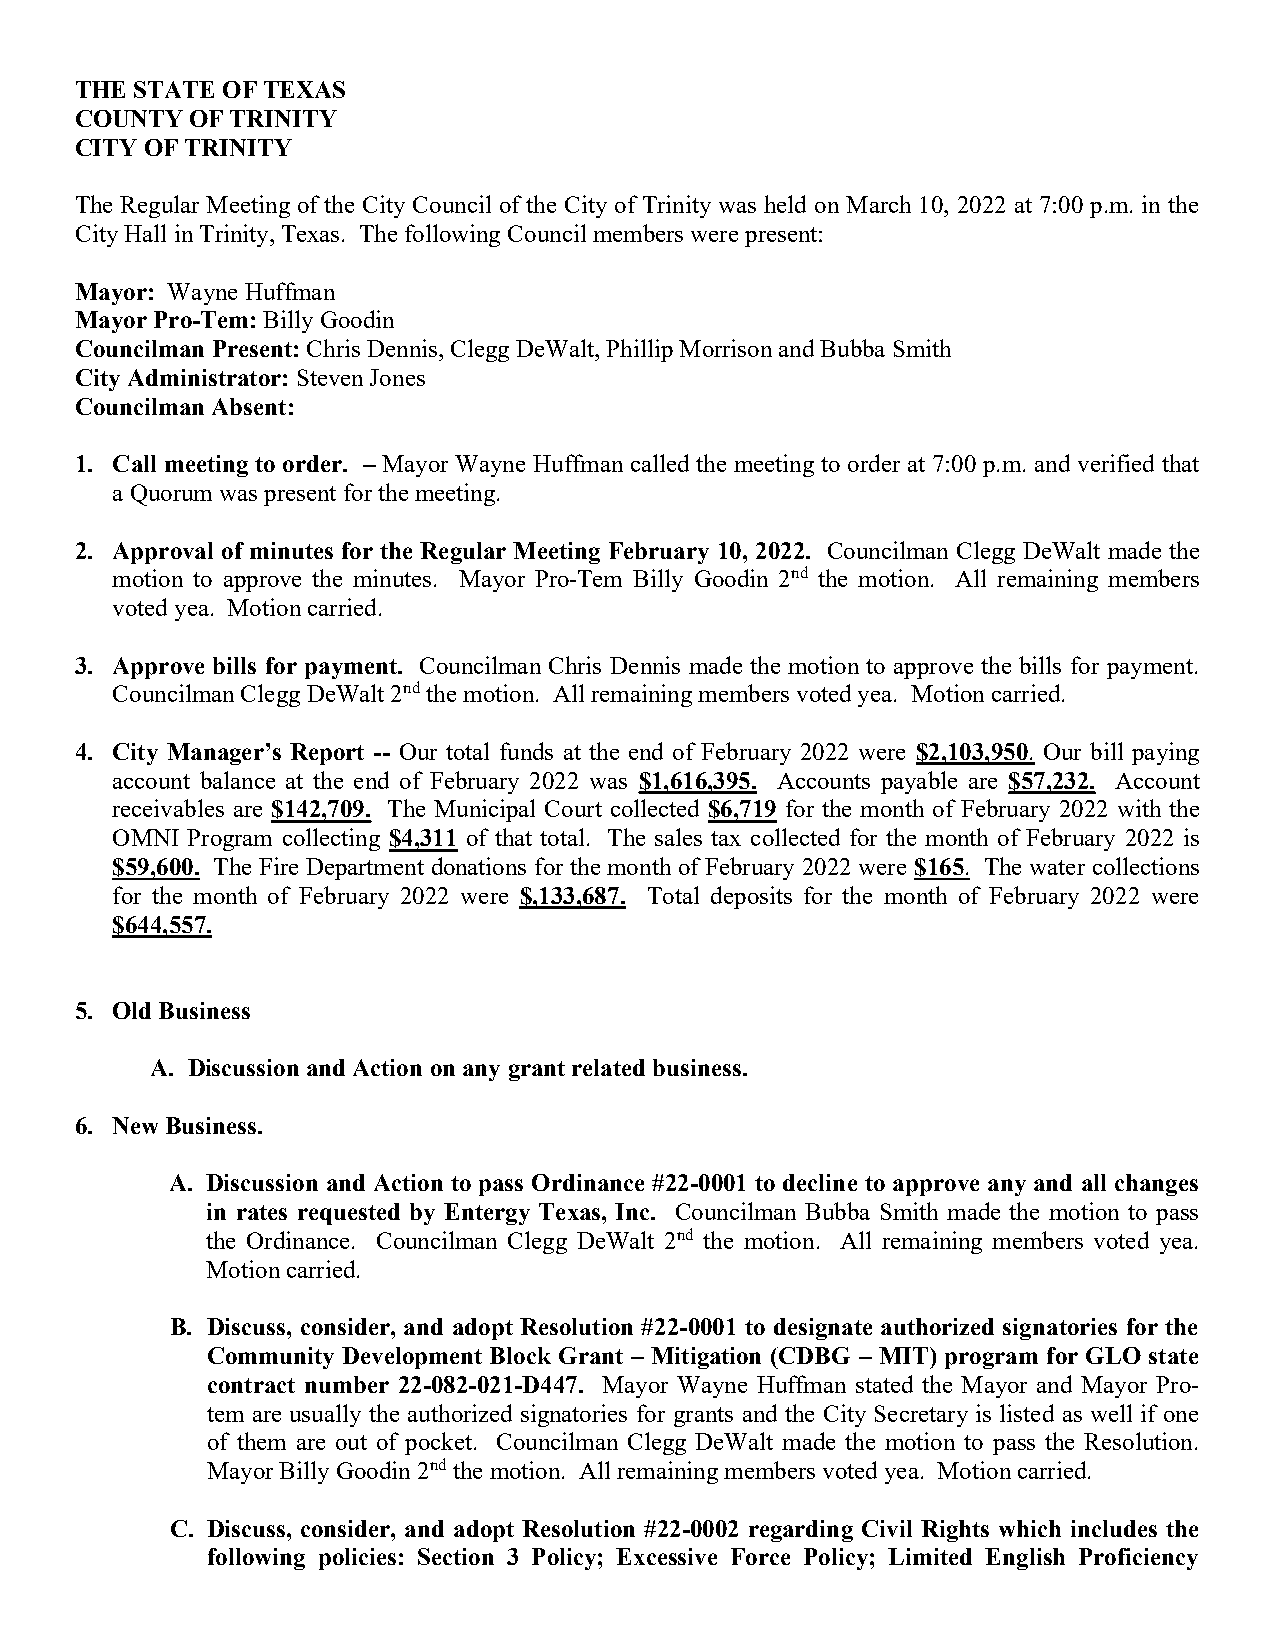
THE STATE OF TEXAS
 COUNTY  OF TRINITY
 CITY OF TRINITY
 The Regular Meeting of the City Council of the City of Trinity was held on March 10, 2022 at 7:00 p.m. in the
 City Hall in Trinity, Texas. The following Council members were present:
 Mayor: Wayne Huffman
 Mayor Pro-Tem: Billy Goodin
 Councilman Present: Chris Dennis, Clegg DeWalt, Phillip Morrison and Bubba Smith
 City Administrator: Steven Jones
 Councilman Absent:
 1. Call meeting to order. – Mayor Wayne Huffman called the meeting to order at 7:00 p.m. and verified that
 a Quorum was present for the meeting.
 2. Approval of minutes for the Regular Meeting February 10, 2022. Councilman Clegg DeWalt made the
 motion to approve the minutes. Mayor Pro-Tem Billy Goodin 2nd the motion. All remaining members
 voted yea. Motion carried.
 3. Approve bills for payment. Councilman Chris Dennis made the motion to approve the bills for payment.
 Councilman Clegg DeWalt 2nd the motion. All remaining members voted yea. Motion carried.
 4. City Manager’s Report -- Our total funds at the end of February 2022 were $2,103,950. Our bill paying
 account balance at the end of February 2022 was $1,616,395. Accounts payable are $57,232. Account
 receivables are $142,709. The Municipal Court collected $6,719 for the month of February 2022 with the
 OMNI Program collecting $4,311 of that total. The sales tax collected for the month of February 2022 is
 $59,600. The Fire Department donations for the month of February 2022 were $165. The water collections
 for the month of February 2022 were $,133,687. Total deposits for the month of February 2022 were
 $644,557.
 5. Old Business
 A. Discussion and Action on any grant related business.
 6. New Business.
 A. Discussion and Action to pass Ordinance #22-0001 to decline to approve any and all changes
 in rates requested by Entergy Texas, Inc. Councilman Bubba Smith made the motion to pass
 the Ordinance. Councilman Clegg DeWalt 2nd the motion. All remaining members voted yea.
 Motion carried.
 B. Discuss, consider, and adopt Resolution #22-0001 to designate authorized signatories for the
 Community Development Block Grant – Mitigation (CDBG – MIT) program for GLO state
 contract number 22-082-021-D447. Mayor Wayne Huffman stated the Mayor and Mayor Pro-
 tem are usually the authorized signatories for grants and the City Secretary is listed as well if one
 of them are out of pocket. Councilman Clegg DeWalt made the motion to pass the Resolution.
 Mayor Billy Goodin 2nd the motion. All remaining members voted yea. Motion carried.
 C. Discuss, consider, and adopt Resolution #22-0002 regarding Civil Rights which includes the
 following policies: Section 3 Policy; Excessive Force Policy; Limited English Proficiency